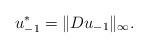
LaTeX: \begin{align*}u_{-1}^*=\|D u_{-1} \|_{\infty}.\end{align*}